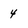
Character: 4